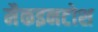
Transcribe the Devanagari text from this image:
मैकइनटोश